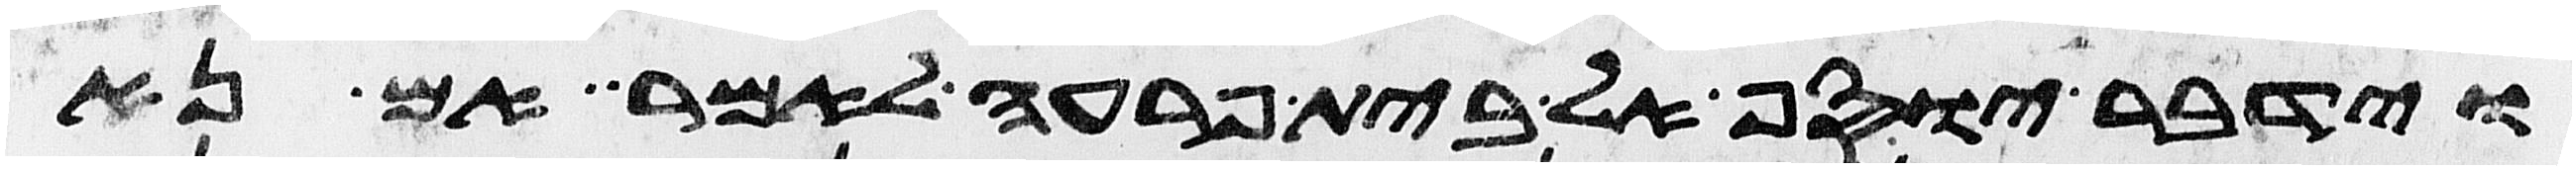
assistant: וידבר יוסף אל בית פרעה לאמר אם נא